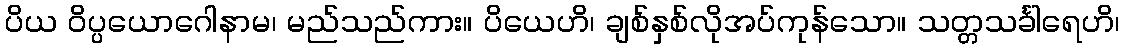
ပိယ ဝိပ္ပယောဂေါနာမ၊ မည်သည်ကား။ ပိယေဟိ၊ ချစ်နှစ်လိုအပ်ကုန်သော။ သတ္တသင်္ခါရေဟိ၊